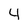
Character: 4